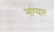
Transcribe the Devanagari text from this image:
नांग्यार